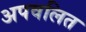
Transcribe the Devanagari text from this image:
अपवलित